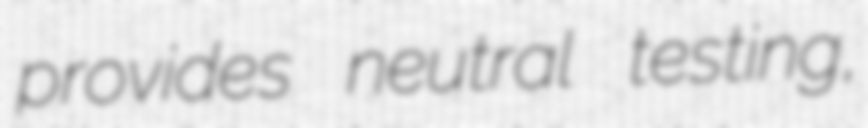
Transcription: provides neutral testing,